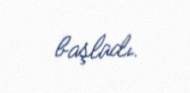
başladı.